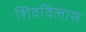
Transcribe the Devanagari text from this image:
शिवविलास